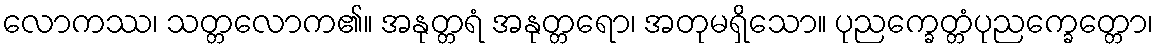
လောကဿ၊ သတ္တလောက၏။ အနုတ္တရံ အနုတ္တရော၊ အတုမရှိသော။ ပုညက္ခေတ္တံပုညက္ခေတ္တော၊